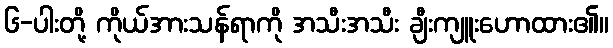
၆-ပါးတို့ ကိုယ်အားသန်ရာကို အသီးအသီး ချီးကျူးဟောထား၏။